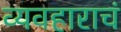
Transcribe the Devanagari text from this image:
व्यवहाराचं